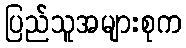
ပြည်သူအများစုက